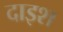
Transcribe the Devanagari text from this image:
दाइश